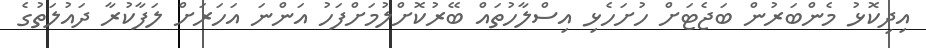
އިދިކޮޅު މެންބަރުން ބަޖެޓަށް ހުށަހެޅި އިސްލާހުތައް ބޭރުކޮށްލުމަށްފަހު އަންނަ އަހަރަށް ލަފާކުރާ ދައުލަތުގެ